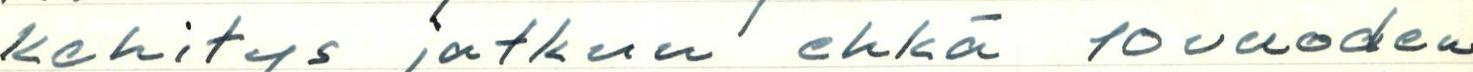
kehitys jatkuu ehkä 10 vuoden